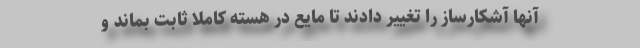
آنها آشکارساز را تغییر دادند تا مایع در هسته کاملاً ثابت بماند و